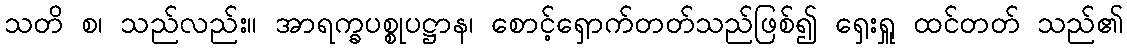
သတိ စ၊ သည်လည်း။ အာရက္ခပစ္စုပဋ္ဌာန၊ စောင့်ရှောက်တတ်သည်ဖြစ်၍ ရှေးရှူ ထင်တတ် သည်၏